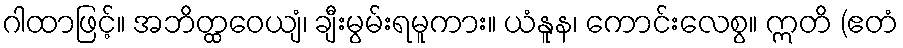
ဂါထာဖြင့်။ အဘိတ္ထဝေယျံ၊ ချီးမွမ်းရမူကား။ ယံနူန၊ ကောင်းလေစွ။ ဣတိ (ဧတံ